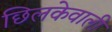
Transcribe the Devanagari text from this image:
छिलकेवाली